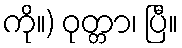
ကို။) ဝုတ္တာ၊ ပြီ။